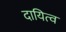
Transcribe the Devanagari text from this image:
दायित्‍व